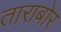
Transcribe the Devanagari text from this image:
ताराबोर